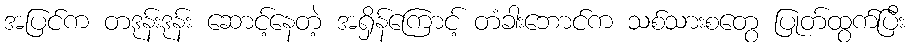
အပြင်က တဒုန်းဒုန်း ဆောင့်နေတဲ့ အရှိန်ကြောင့် တံခါးဘောင်က သစ်သားစတွေ ပြုတ်ထွက်ပြီး